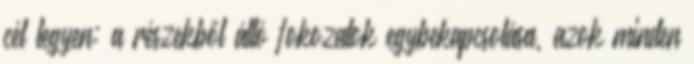
cél legyen: a részekből álló fokozatok egybekapcsolása, azok minden